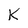
Character: k